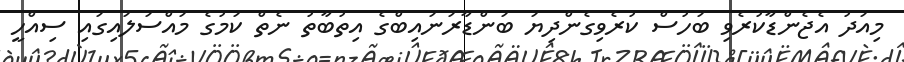
މިއަދު އެޖެންޑާކުރެވި ބަހުސް ކުރެވިގެންދިޔަ ބަންޑާރަނައިބްގެ އިތުބާތު ނެތް ކަމުގެ މައްސަލައިގައި ސިއްހީ